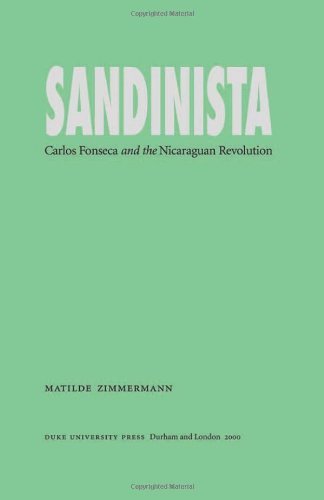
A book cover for Sandinista: Carlos Fonseca and the Nicaraguan Revolution; Matilde Zimmermann; Biographies & Memoirs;